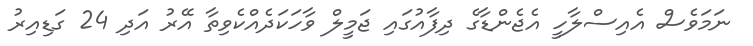
ނަމަވެސް އެއިސްލާހީ އެޖެންޑާގެ ދިފާއުގައި ޖަމީލް ވާހަކަދެއްކެވިތާ އޭރު އަދި 24 ގަޑިއިރު